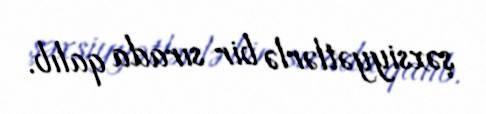
şəxsiyyətlərlə bir sırada qalıb.